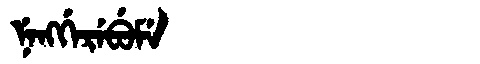
Manchu: ᠨᡝᠩᡤᡝᡵᡝᠪᡠᠮᡝ
Romanization: NENGGEREBUME